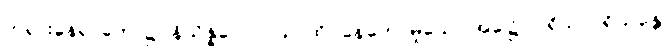
ဘုရားနေရာတော်၌။ နိသိန္နဝေလာယ၊ ထိုင်နေတော်မူသော အခါ၌။ ပရိသာပရိယန္တေ၊